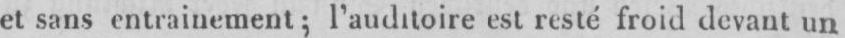
et sans entrainement; l’auditoire est resté froid devant un